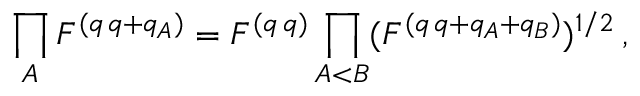
\prod _ { A } F ^ { ( q \, q + q _ { A } ) } = F ^ { ( q \, q ) } \prod _ { A < B } ( F ^ { ( q \, q + q _ { A } + q _ { B } ) } ) ^ { 1 / 2 } \, ,